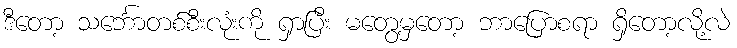
ဒီတော့ သင်္ဘောတစ်စီးလုံးကို ရှာပြီး မတွေ့မှတော့ ဘာပြောစရာ ရှိတော့လို့လဲ